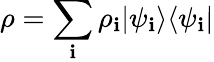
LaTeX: \rho=\sum_{\mathbf{i}}\rho_{\mathbf{i}}|\psi_{\mathbf{i}}\rangle\langle\psi_{\mathbf{i}}|